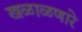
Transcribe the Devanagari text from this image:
खळाळणारे